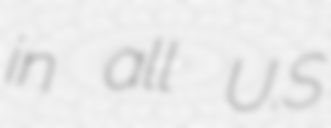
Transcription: in all U.S